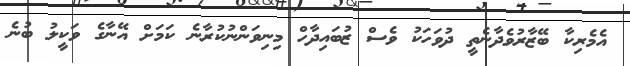
އެމެރިކާ ބޭޒާރުވެދާނެތީ ދުވަހަކު ވެސް ޒުބައިދާހް މިނިވަންނުކުރާނެ ކަމަށް އޭނާގެ ވަކީލު ބުނެ